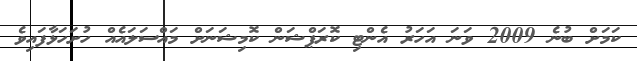
ކަމަށް ބުނެ 2009 ވަނަ އަހަރު އެންޓި ކޮރަޕްޝަން ކޮމިޝަނަށް މައްސަލައެއް ހުށަހަޅާފައިވެ